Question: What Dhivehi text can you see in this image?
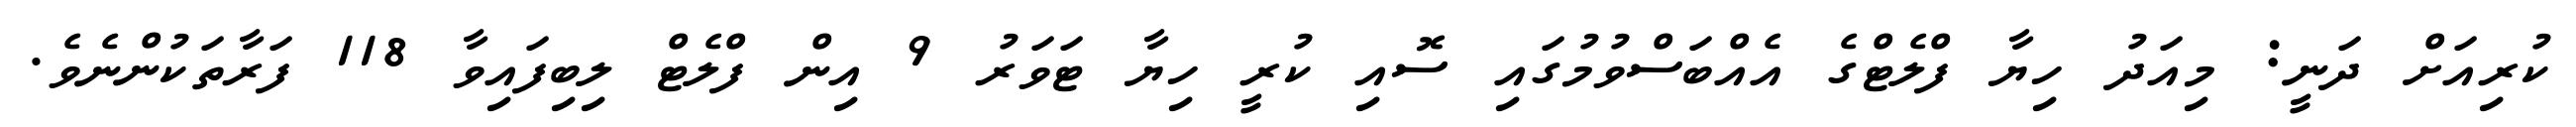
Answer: ކުރިއަށް ދަނީ: މިއަދު ހިޔާ ފްލެޓްގެ އެއްބަސްވުމުގައި ސޮއި ކުރީ ހިޔާ ޓަވަރު 9 އިން ފްލެޓް ލިބިފައިވާ 118 ފަރާތަކުންނެވެ.